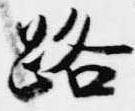
路